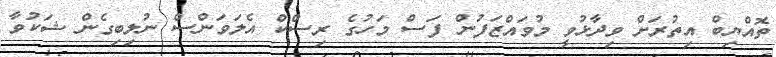
ތޮއްޔިބް އިތުރަށް ވިދާޅުވީ މުވައްޒަފުން ފަސް މަހުގެ ރިސްކް އެލަވަންސް ނުލިބިގެން ޝަކުވާ